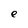
Character: e